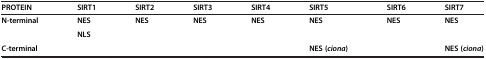
<table><thead><tr><td><b>PROTEIN</b></td><td><b>SIRT1</b></td><td><b>SIRT2</b></td><td><b>SIRT3</b></td><td><b>SIRT4</b></td><td><b>SIRT5</b></td><td><b>SIRT6</b></td><td><b>SIRT7</b></td></tr></thead><tbody><tr><td><b>N-terminal</b></td><td><b>NES</b></td><td><b>NES</b></td><td><b>NES</b></td><td><b>NES</b></td><td><b>NES</b></td><td><b>NES</b></td><td><b>NES</b></td></tr><tr><td> </td><td><b>NLS</b></td><td> </td><td> </td><td> </td><td> </td><td> </td><td> </td></tr><tr><td><b>C-terminal</b></td><td> </td><td> </td><td> </td><td> </td><td><b>NES ( </b><b><i>ciona </i></b><b>)</b></td><td> </td><td><b>NES ( </b><b><i>ciona </i></b><b>)</b></td></tr></tbody></table>